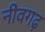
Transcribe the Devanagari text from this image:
नीवगढ़